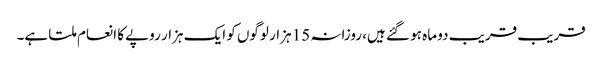
قریب قریب دو ماہ ہو گئے ہیں، روزانہ 15 ہزار لوگوں کو ایک ہزار روپے کا انعام ملتا ہے۔